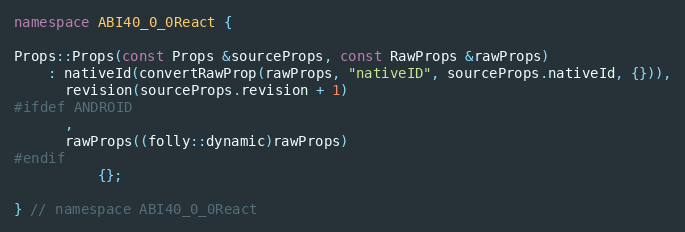
Language: C++
namespace ABI40_0_0React {

Props::Props(const Props &sourceProps, const RawProps &rawProps)
    : nativeId(convertRawProp(rawProps, "nativeID", sourceProps.nativeId, {})),
      revision(sourceProps.revision + 1)
#ifdef ANDROID
      ,
      rawProps((folly::dynamic)rawProps)
#endif
          {};

} // namespace ABI40_0_0React